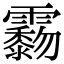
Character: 𩆲